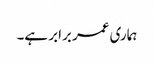
ہماری عمر برابر ہے۔